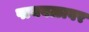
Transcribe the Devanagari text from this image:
पायबळावर